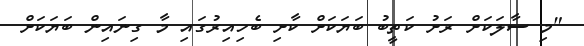
"މި ސާލަކަށް ރަށު ކަތީބު ބަޔަކަށް ކާށި ބެހިއިރުގައި މާ ގިނައިން ބަޔަކަށް